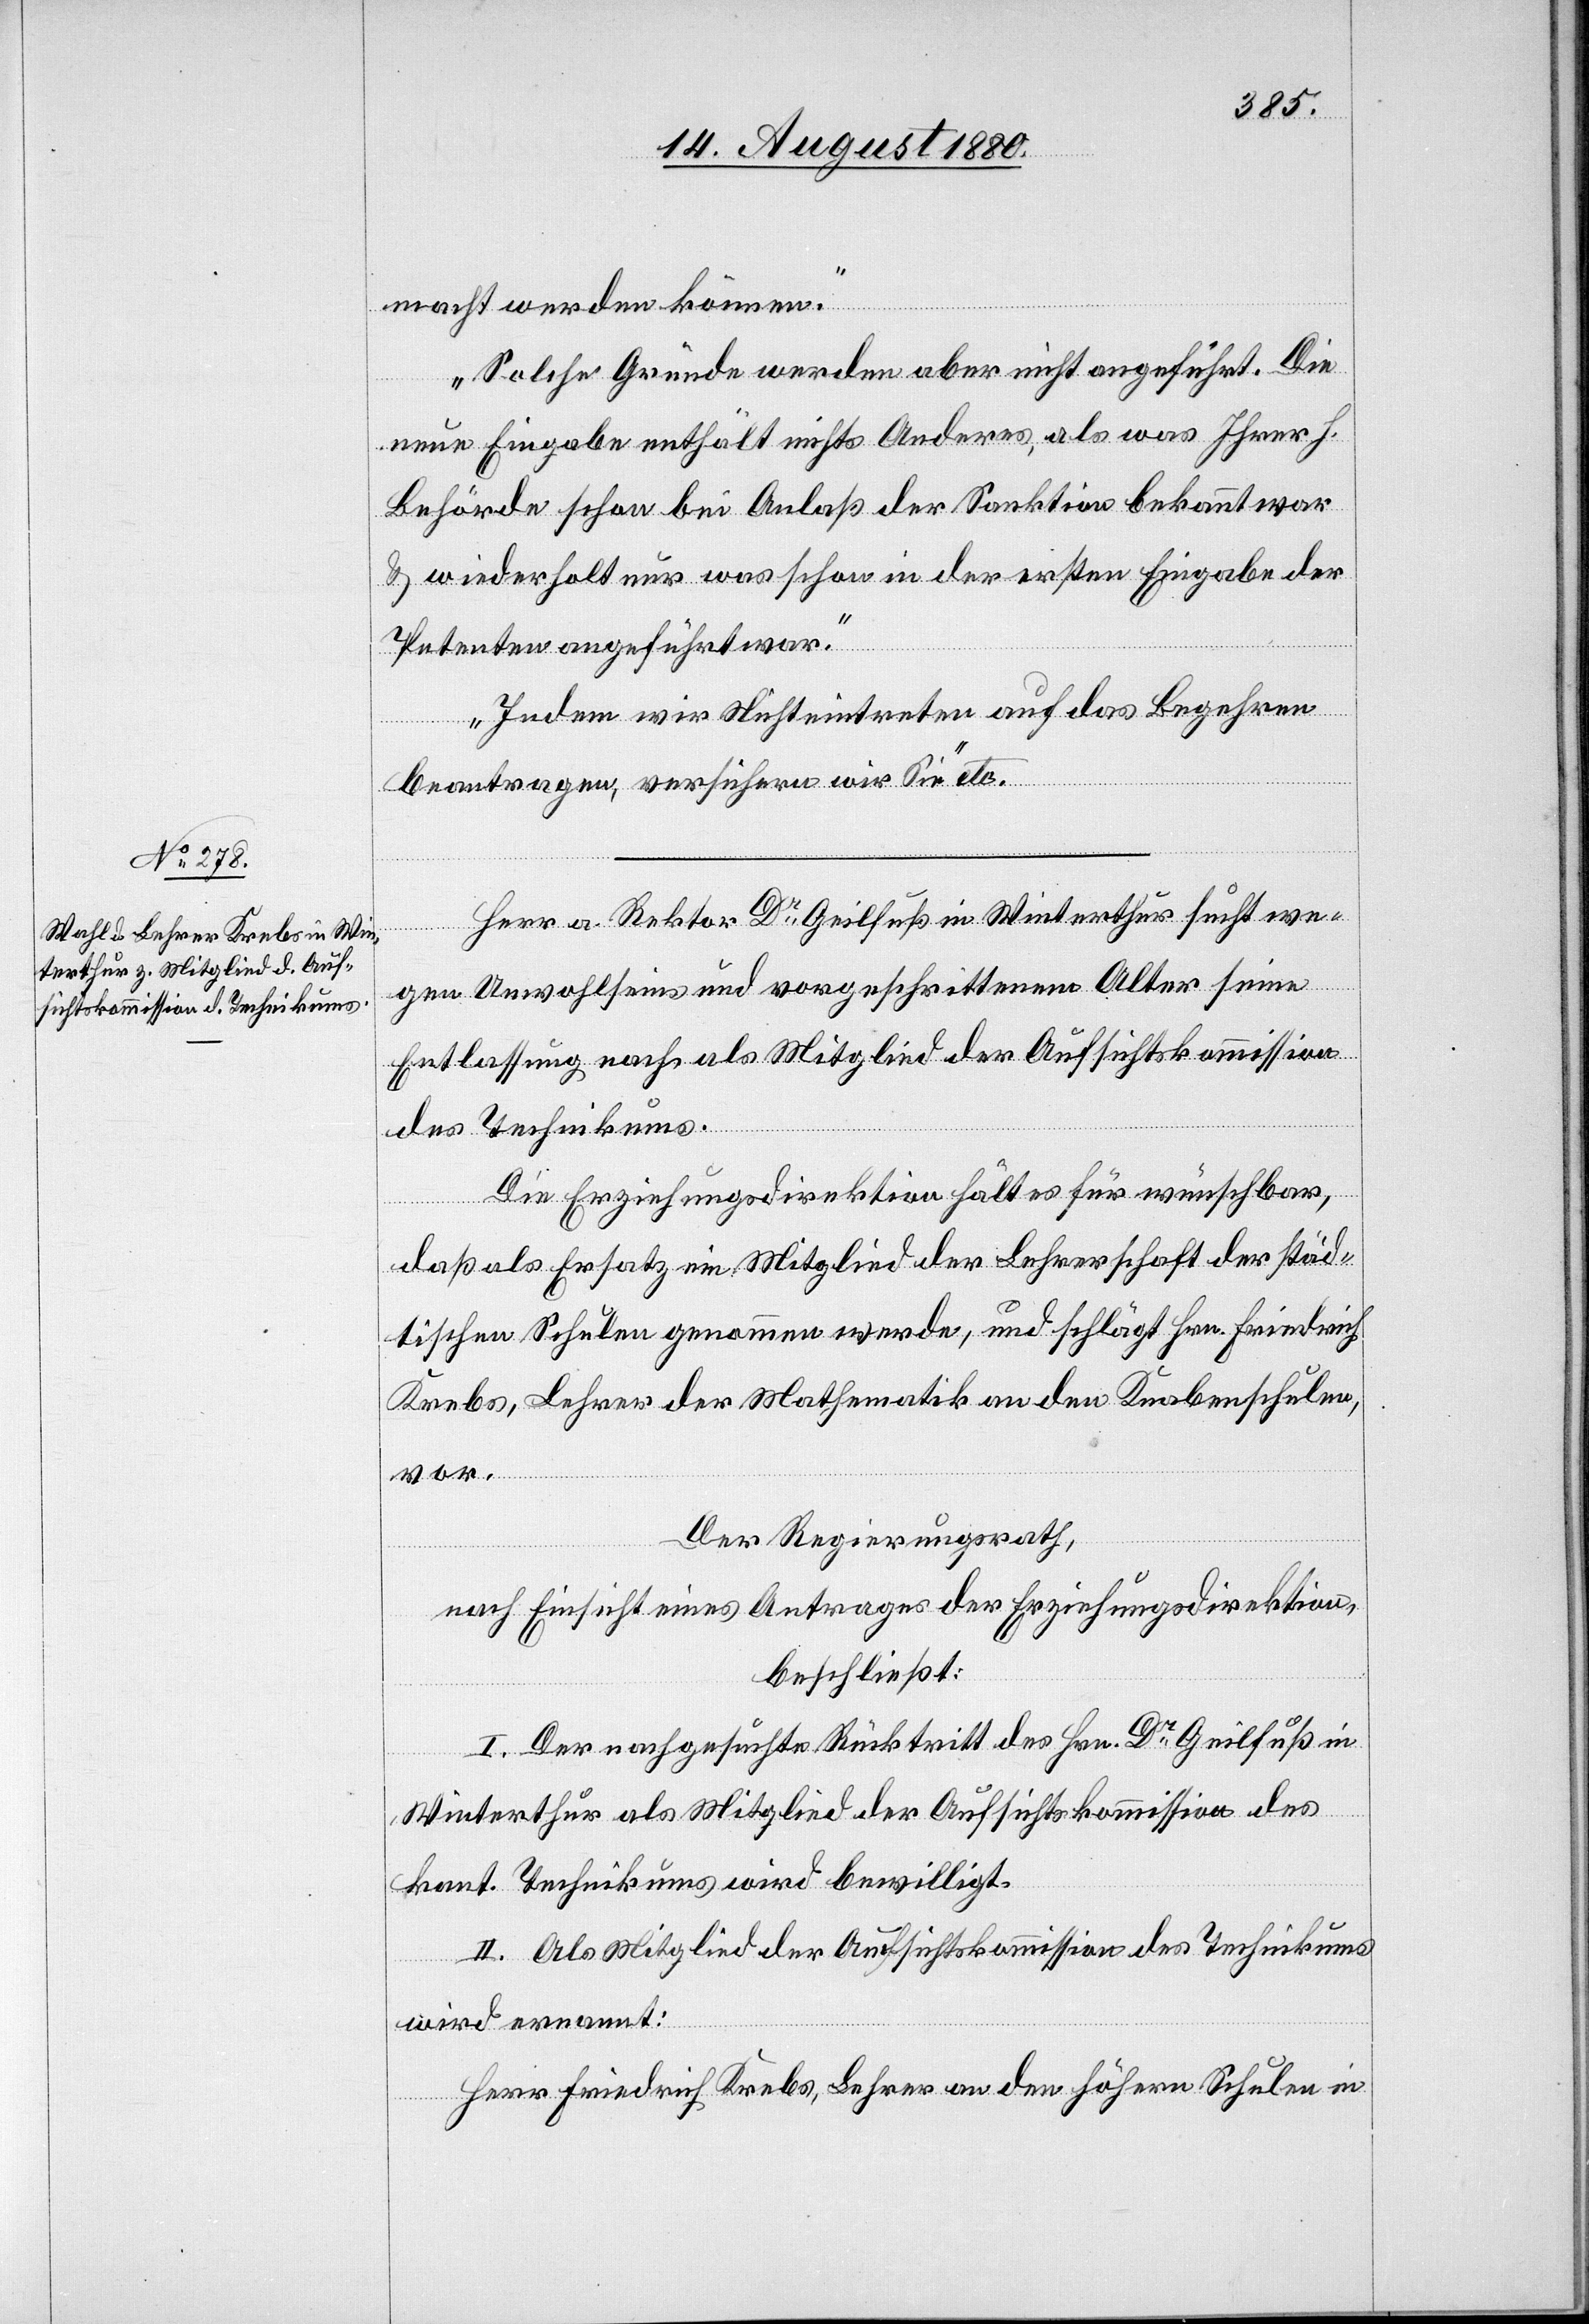
macht werden können.
Solche Gründe werden aber nicht angeführt. Die
neue Eingabe enthält nichts Anderes, als was Ihrer h.
Behörde schon bei Anlaß der Sanktion bekannt war
& wiederholt nur was schon in der ersten Eingabe der
Petenten angeführt war.
Indem wir Nichteintreten auf das Begehren
beantragen versichern wir Sie“ etc.
Herr a. Rektor Dr Geilfuß in Winterthur sucht we¬
gen Unwohlseins und vorgeschrittenem Alter seine
Entlassung nach als Mitglied der Aufsichtskommission
des Technikums.
Die Erziehungsdirektion hält es für wünschbar,
daß als Ersatz ein Mitglied der Lehrerschaft der städ¬
tischen Schulen genommen werde, und schlägt Hrn. Friedrich
Krebs, Lehrer der Mathematik an den Knabenschulen,
vor.
Der Regierungsrath,
nach Einsicht eines Antrages der Erziehungsdirektion,
beschließt:
I. Der nachgesuchte Rücktritt des Hrn. Dr Geilfuß in
Winterthur als Mitglied der Aufsichtskommission des
kant. Technikums wird bewilligt.
II. Als Mitglied der Aufsichtskommission des Technikums
wird ernannt:
Herr Friedrich Krebs, Lehrer an den höhern Schulen in